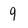
Character: 9